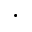
\cdot